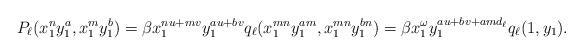
LaTeX: \begin{gather*}P_\ell(x_1^n y_1^a, x_1^m y_1^b)=\beta x_1^{n u+m v} y_1^{a u+b v} q_\ell(x_1^{m n} y_1^{a m},x_1^{m n} y_1^{b n})=\beta x_1^{\omega} y_1^{a u+b v+ a m d_\ell} q_\ell(1,y_1).\end{gather*}